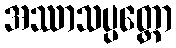
အဿာသပ္ပတ္တော